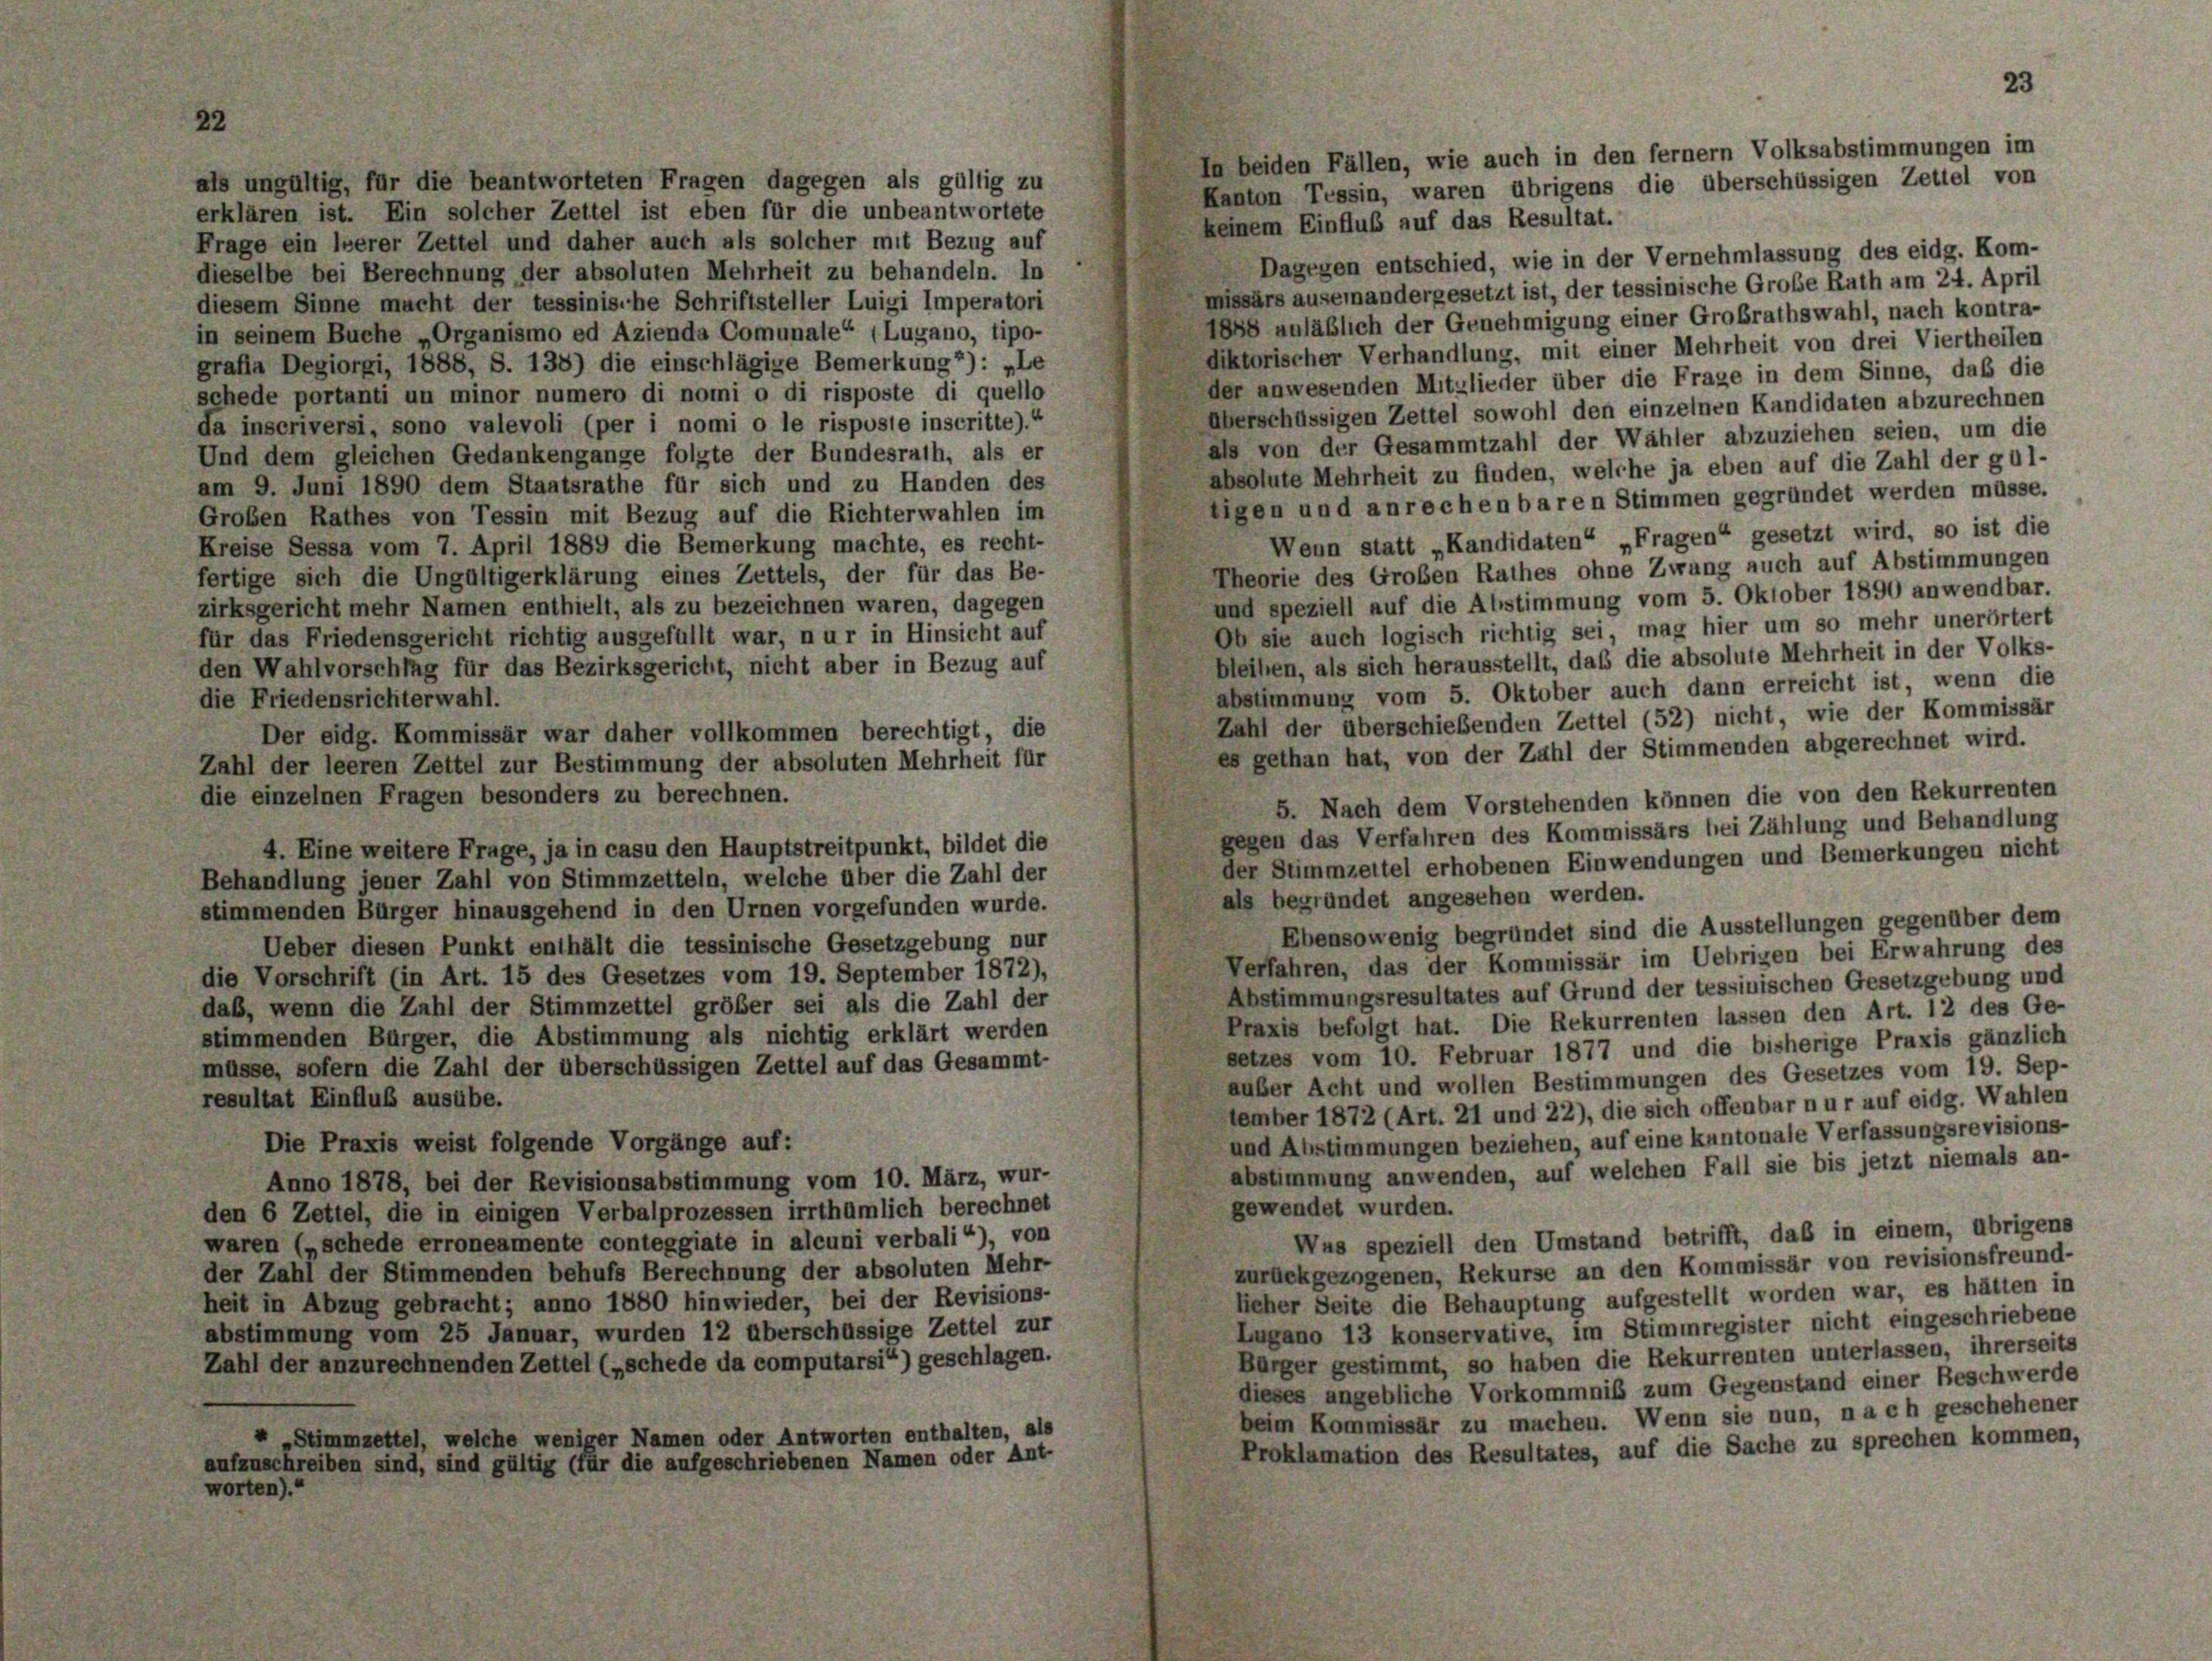
als ungültig, für die beantworteten Fragen dagegen als gültig zu
erklären ist. Ein solcher Zettel ist eben für die unbeantwortete
keinem Einfluß auf das Resultat.
Frage ein leerer Zettel und daher auch als solcher mit Bezug auf
Dagegen entschied, wie in der Vernehmlassung des eidg. Kom-
dieselbe bei Berechnung der absoluten Mehrheit zu behandeln. In
missärs auseinandergesetzt ist, der tessinische Große Rath am 24. April
diesem Sinne macht der tessinische Schriftsteller Luigi Imperatori
1888 anläßlich der Genehmigung einer Großrathswahl, nach kontra-
in seinem Buche „Organismo ed Azienda Comunale“ (Lugano, tipo-
diktorischer Verhandlung, mit einer Mehrheit von drei Viertheilen
grafia Degiorgi, 1888, S. 138) die einschlägige Bemerkung2): „Le
der anwesenden Mitglieder über die Frage in dem Sinne, daß die
schede portanti un minor numero di nomi o di risposte di quello
überschüssigen Zettel sowohl den einzelnen Kandidaten abzurechnen
da inscriversi, sono valevoli (per i nomi o le risposie inscritte).“
als von der Gesammtzahl der Wähler abzuziehen seien, um die
Und dem gleichen Gedankengange folgte der Bundesrath, als er
absolute Mehrheit zu finden, welche ja eben auf die Zahl der gül-
am 9. Juni 1890 dem Staatsrathe für sich und zu Handen des
tigen und anrechenbaren Stimmen gegründet werden müsse.
Groben Rathes von Tessin mit Bezug auf die Richterwahlen im
Wenn statt „Kandidaten“ „Fragen“ gesetzt wird, so ist die
Kreise Sessa vom 7. April 1889 die Bemerkung machte, es recht-
Theorie des Großen Rathes ohne Zwang auch auf Abstimmungen
fertige sich die Ungültigerklärung eines Zettels, der für das Be-
und speziell auf die Abstimmung vom 5. Oktober 1890 anwendbar.
zirksgericht mehr Namen enthielt, als zu bezeichnen waren, dagegen
Ob sie auch logisch richtig sei, mag hier um so mehr unerörtert
für das Friedensgericht richtig ausgefüllt war, nur in Hinsicht auf
bleiben, als sich herausstellt, daß die absolute Mehrheit in der Volks-
den Wahlvorschlag für das Bezirksgericht, nicht aber in Bezug auf
abstimmung vom 5. Oktober auch dann erreicht ist, wenn die
die Friedensrichterwahl.
Zahl der überschiebenden Zettel (52) nicht, wie der Kommissär
Der eidg. Kommissär war daher vollkommen berechtigt, die
es gethan hat, von der Zahl der Stimmenden abgerechnet wird.
Zahl der leeren Zettel zur Bestimmung der absoluten Mehrheit für
die einzelnen Fragen besonders zu berechnen.
5. Nach dem Vorstehenden können die von den Rekurrenten
gegen das Verfahren des Kommissärs bei Zählung und Behandlung
4. Eine weitere Frage, ja in casu den Hauptstreitpunkt, bildet die
der Stimmzeitel erhobenen Einwendungen und Bemerkungen nicht
Behandlung jener Zahl von Stimmzetteln, welche über die Zahl der
als begründet angesehen werden.
stimmenden Bürger hinausgehend in den Urnen vorgefunden wurde.
Ebensowenig begründet sind die Ausstellungen gegenüber dem
Ueber diesen Punkt enthält die tessinische Gesetzgebung nur
Verfahren, das der Kommissär im Uebrigen bei Erwahrung des
die Vorschrift (in Art. 15 des Gesetzes vom 19. September 1872),
Abstimmungsresultates auf Grund der tessinischen Gesetzgebung und
daß, wenn die Zahl der Stimmzettel größer sei als die Zahl der
Praxis befolgt hat. Die Rekurrenten lassen den Art. 12 des Ge-
stimmenden Bürger, die Abstimmung als nichtig erklärt werden
setzes vom 10. Februar 1877 und die bisherige Praxis gänzlich
müsse, sofern die Zahl der überschüssigen Zettel auf das Gesammt-
außer Acht und wollen Bestimmungen des Gesetzes vom 19. Sep-
resultat Einfluß ausübe.
tember 1872 (Art. 21 und 22), die sich offenbar nur auf eidg. Wahlen
und Abstimmungen beziehen, auf eine kantonale Verfassungsrevisions-
Die Praxis weist folgende Vorgänge auf:
abstimmung anwenden, auf welchen Fall sie bis jetzt niemals an-
Anno 1878, bei der Revisionsabstimmung vom 10. März, wur-
gewendet wurden.
den 6 Zettel, die in einigen Verbalprozessen irrthümlich berechnet
Was speziell den Umstand betrifft, daß in einem, übrigens
waren („schede erroneamente conteggiate in alcuni verbali“), von
zurückgezogenen, Rekurse an den Kommissär von revisionsfreund-
der Zahl der Stimmenden behufs Berechnung der absoluten Mehr-
lieher Seite die Behauptung aufgestellt worden war, es hätten in
heit in Abzug gebracht; anno 1880 hinwieder, bei der Revisions-
Lugano 13 konservative, im Stimmregister nicht eingeschriebene
abstimmung vom 25 Januar, wurden 12 überschüssige Zettel zur
Bürger gestimmt, so haben die Rekurrenten unterlassen, ihrerseits
Zahl der anzurechnenden Zettel („schede da computarsi“) geschlagen.
dieses angebliche Vorkommniß zum Gegenstand einer Beschwerde
beim Kommissär zu machen. Wenn sie nun, nach geschehener
» Stimmzettel, welche weniger Namen oder Antworten enthalten, als
Proklamation des Resultates, auf die Sache zu sprechen kommen,
aufzuschreiben sind, sind gültig (für die aufgeschriebenen Namen oder Ant-
worten).“

la beiden Fällen, wie auch in den fernem Volksabstimmungen im
Kanton Tessin, waren übrigens die überschüssigen Zettel von

23